Civil Veterinary Dept. North-West Frontier Province 1933-46 - 1933-1946
Year: 1933
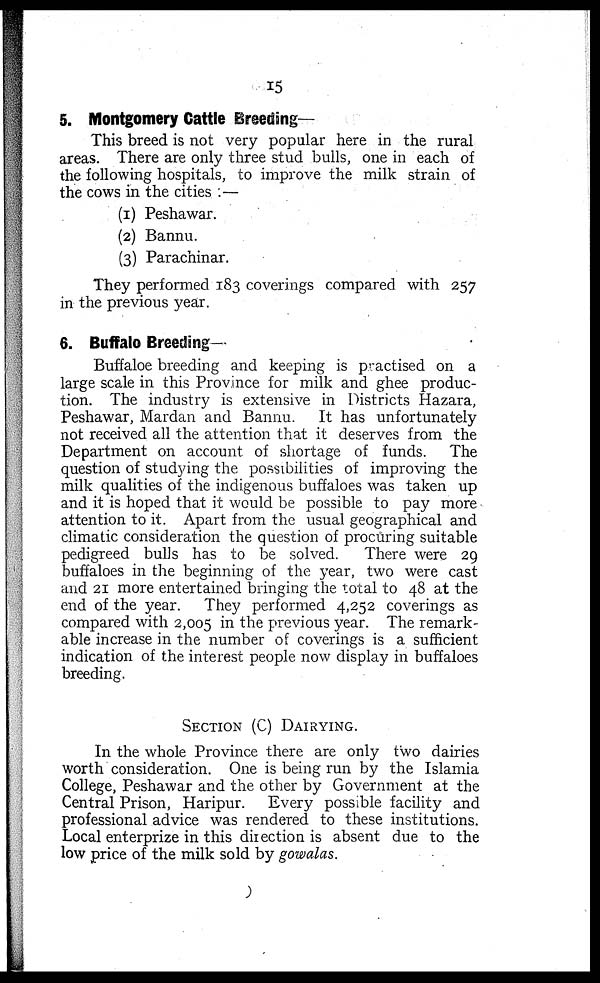
15
5. Montgomery Cattle Breeding—
This breed is not very popular here in the rural
areas. There are only three stud bulls, one in each of
the following hospitals, to improve the milk strain of
the cows in the cities:—
(1) Peshawar.
(2) Bannu.
(3) Parachinar.
They performed 183 coverings compared with 257
in the previous year.
6. Buffalo Breeding-
Buffaloe breeding and keeping is practised on a
large scale in this Province for milk and ghee produc-
tion. The industry is extensive in Districts Hazara,
Peshawar, Mardan and Bannu.
It has unfortunately
not received all the attention that it deserves from the
Department on account of shortage of funds.
The
question of studying the possibilities of improving the
milk qualities of the indigenous buffaloes was taken up
and it is hoped that it would be possible to pay more
attention to it. Apart from the usual geographical and
climatic consideration the question of procuring suitable
pedigreed bulls has to be solved.
There were 29
buffaloes in the beginning of the year, two were cast
and 21 more entertained bringing the total to 48 at the
end of the year. They performed 4,252 coverings as
compared with 2,005 in the previous year. The remark-
able increase in the number of coverings is a sufficient
indication of the interest people now display in buffaloes
breeding.
SECTION (C) DAIRYING.
In the whole Province there are only two dairies
worth consideration. One is being run by the Islamia
College, Peshawar and the other by Government at the
Central Prison, Haripur. Every possible facility and
professional advice was rendered to these institutions.
Local enterprize in this direction is absent due to the
low price of the milk sold by gowalas.